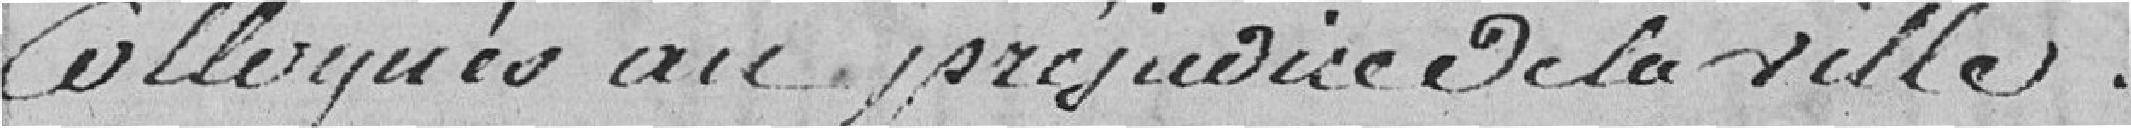
colloqués au préjudice de la ville.